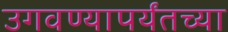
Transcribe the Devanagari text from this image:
उगवण्यापर्यंतच्या